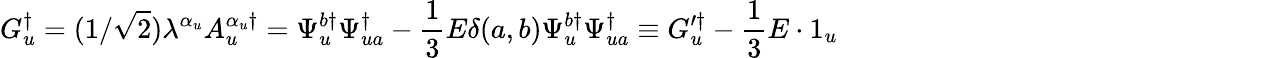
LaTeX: G_{u}^{\dagger}=(1/\sqrt{2})\lambda^{\alpha_{u}}A_{u}^{\alpha_{u}\dagger}=\Psi_{u}^{b\dagger}\Psi_{ua}^{\dagger}-\frac 13E\delta(a,b)\Psi_{u}^{b\dagger}\Psi_{ua}^{\dagger}\equiv G_{u}^{\prime\dagger}-\frac 13E\cdot 1_{u}\qquad\qquad\qquad\qquad\qquad\qquad\qquad\quad